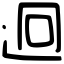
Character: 迥